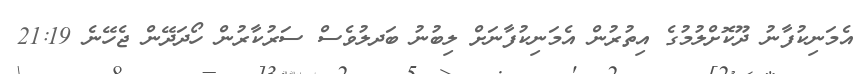
އެމަނިކުފާނު ދޫކޮށްލުމުގެ އިތުރުން އެމަނިކުފާނަށް ލިބުނު ބަދލުވެސް ސަރުކާރުން ހޯދަދޭން ޖެހޭނެ 21:19